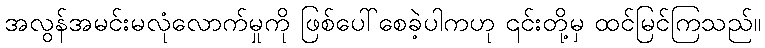
အလွန်အမင်းမလုံလောက်မှုကို ဖြစ်ပေါ်စေခဲ့ပါကဟု ၎င်းတို့မှ ထင်မြင်ကြသည်။